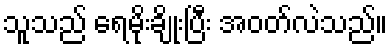
သူသည် ရေမိုးချိုးပြီး အဝတ်လဲသည်။